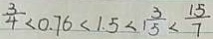
\frac { 3 } { 4 } < 0 . 7 6 < 1 . 5 < 1 \frac { 3 } { 5 } < \frac { 1 5 } { 7 }